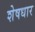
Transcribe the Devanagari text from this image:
शेषधार